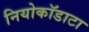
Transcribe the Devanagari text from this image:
नियोकॉडाटा